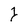
Character: 1